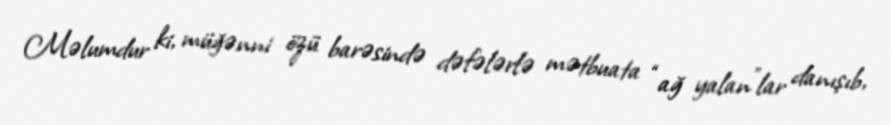
Məlumdur ki, müğənni özü barəsində dəfələrlə mətbuata “ağ yalan”lar danışıb,